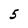
Character: 5